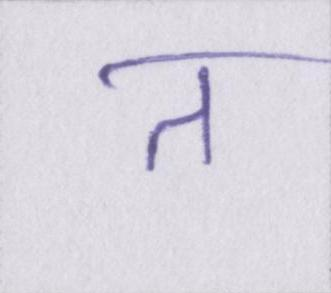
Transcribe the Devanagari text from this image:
त